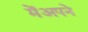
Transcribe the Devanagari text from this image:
मेंअपने